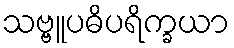
သဗ္ဗူပဓိပရိက္ခယာ